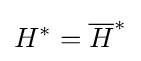
H^{*}={\overline {H}}^{*}